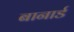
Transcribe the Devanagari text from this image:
बानार्ड